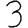
Digit: 3